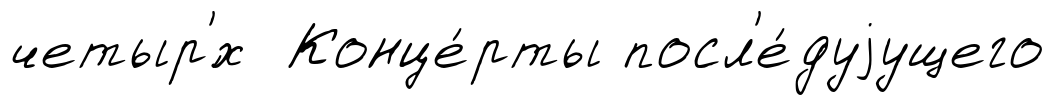
четыр'́х Конце́рты посл'е́дуjущего